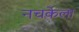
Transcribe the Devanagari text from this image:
नचकेला